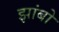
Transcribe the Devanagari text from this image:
झांबो